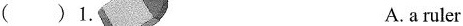
()1. A. a ruler